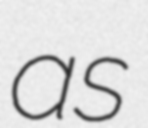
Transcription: as